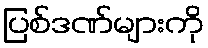
ပြစ်ဒဏ်များကို